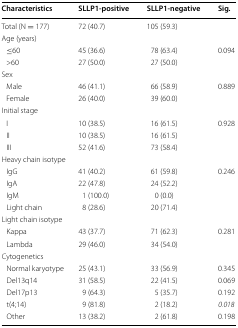
| Characteristics | SLLP1-positive | SLLP1-negative | Sig. |
 | --- | --- | --- | --- |
 | Total (N = 177) | 72 (40.7) | 105 (59.3) |  |
 | <COLSPAN=4> Age (years) |
 | ≤60 | 45 (36.6) | 78 (63.4) | 0.094 |
 | >60 | 27 (50.0) | 27 (50.0) |  |
 | <COLSPAN=4> Sex |
 | Male | 46 (41.1) | 66 (58.9) | 0.889 |
 | Female | 26 (40.0) | 39 (60.0) |  |
 | <COLSPAN=4> Initial stage |
 | I | 10 (38.5) | 16 (61.5) | 0.928 |
 | II | 10 (38.5) | 16 (61.5) |  |
 | III | 52 (41.6) | 73 (58.4) |  |
 | <COLSPAN=4> Heavy chain isotype |
 | IgG | 41 (40.2) | 61 (59.8) | 0.246 |
 | IgA | 22 (47.8) | 24 (52.2) |  |
 | IgM | 1 (100.0) | 0 (0.0) |  |
 | Light chain | 8 (28.6) | 20 (71.4) |  |
 | <COLSPAN=4> Light chain isotype |
 | Kappa | 43 (37.7) | 71 (62.3) | 0.281 |
 | Lambda | 29 (46.0) | 34 (54.0) |  |
 | <COLSPAN=4> Cytogenetics |
 | Normal karyotype | 25 (43.1) | 33 (56.9) | 0.345 |
 | Del13q14 | 31 (58.5) | 22 (41.5) | 0.069 |
 | Del17p13 | 9 (64.3) | 5 (35.7) | 0.192 |
 | t(4;14) | 9 (81.8) | 2 (18.2) | 0.018 |
 | Other | 13 (38.2) | 2 (61.8) | 0.198 |